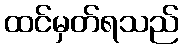
ထင်မှတ်ရသည်